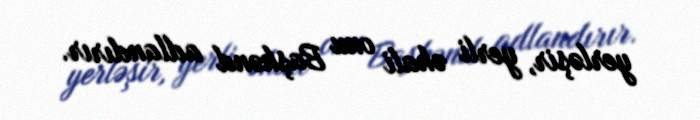
yerləşir, yerli əhali onu Başkənd adlandırır.